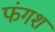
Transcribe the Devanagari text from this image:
फंगशं